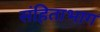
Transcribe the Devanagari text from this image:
संहिताभाग